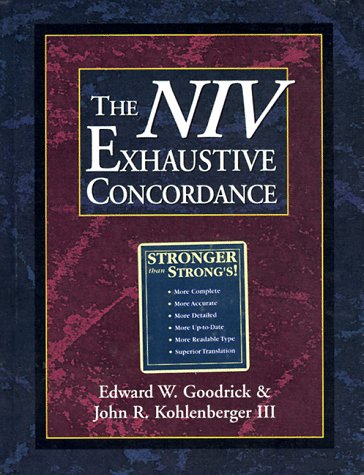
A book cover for The NIV Exhaustive Concordance ( A Regency Reference Library Book); Edward W. Goodrick; Christian Books & Bibles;